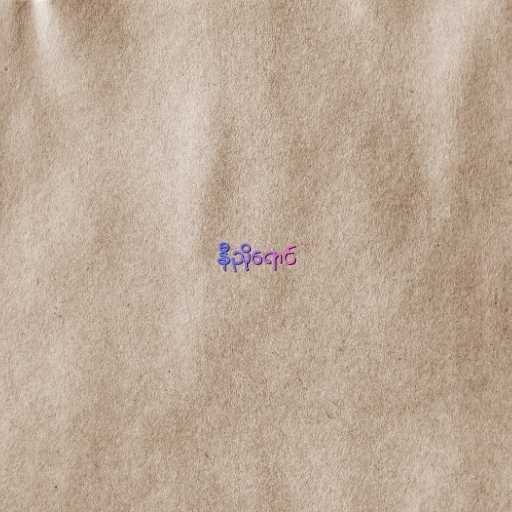
နီညိုရောင်